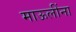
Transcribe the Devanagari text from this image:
माऊलींना